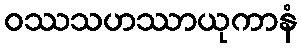
ဝဿသဟဿာယုကာနံ